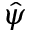
\hat { \psi }